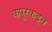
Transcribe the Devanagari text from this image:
कपूरकडून